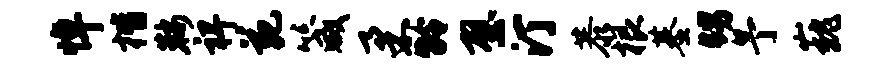
悼楷鞍裨苑箴柔龄壁汀恭根基甥予巍